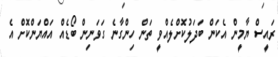
ރައީސް ޔާމީން އެކަން ބަދަލުކޮށްލެއްވީ ތަން ހިންގާނެ ގަވަނިން ބޯޑެއް އައްޔަންކޮށް އެ